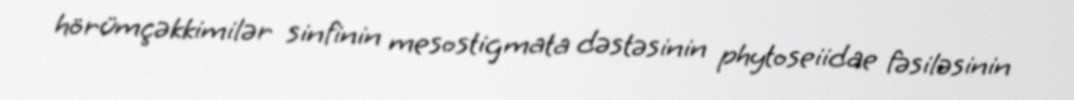
hörümçəkkimilər sinfinin mesostigmata dəstəsinin phytoseiidae fəsiləsinin